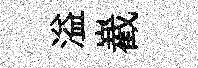
溢嶻